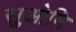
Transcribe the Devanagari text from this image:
सुओमि